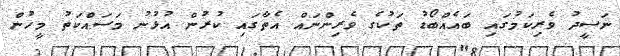
ނަޟީދު ވެރިކަމުގައި ބައެއްބޯޑު ތަކުގެ ވެރިންނައް އެތާގައި ކުރުން އުޅުނު މަސައްކަތު މީހުން